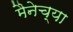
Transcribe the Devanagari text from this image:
मैनेच्या